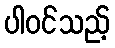
ပါဝင်သည့်